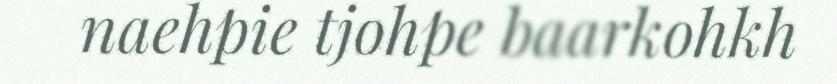
naehpie tjohpe baarkohkh